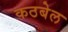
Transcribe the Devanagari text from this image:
कठबेल